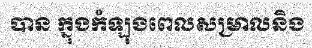
បាន ក្នុងកំឡុងពេលសម្រាលនិង